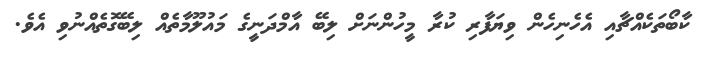
ކާބޯތަކެއްޗާއި އެހެނިހެން ވިޔަފާރި ކުރާ މީހުންނަށް ލިބޭ އާމްދަނީގެ މައުލޫމާތެއް ލިބޭގޮތެއްނުވި އެވެ.